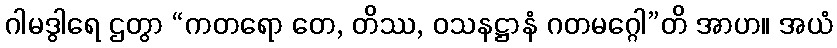
ဂါမဒွါရေ ဌတွာ “ကတရော တေ, တိဿ, ဝသနဋ္ဌာနံ ဂတမဂ္ဂေါ”တိ အာဟ။ အယံ